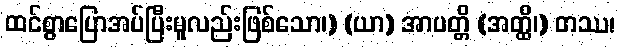
ထင်စွာပြောအပ်ပြီးမူလည်းဖြစ်သော၊) (ယာ) အာပတ္တိ (အတ္ထိ၊) တဿ၊